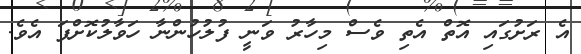
އެ ރަށުގައި އޮތް އެތި ވެސް މިހާރު ވަނީ ފުލުުހުންނާ ހަވާލުކޮށްފަ އެވެ.